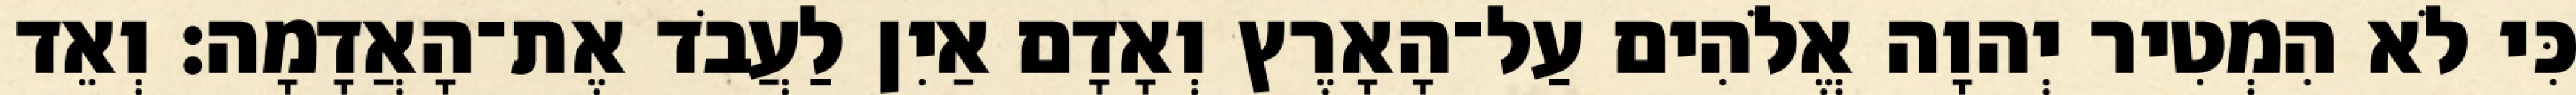
כִּי לֹא הִמְטִיר יְהוָה אֱלֹהִים עַל־הָאָרֶץ וְאָדָם אַיִן לַעֲבֹד אֶת־הָאֲדָמָה׃ וְאֵד